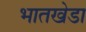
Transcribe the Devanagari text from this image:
भातखेडा